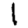
Digit: 1